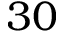
3 0